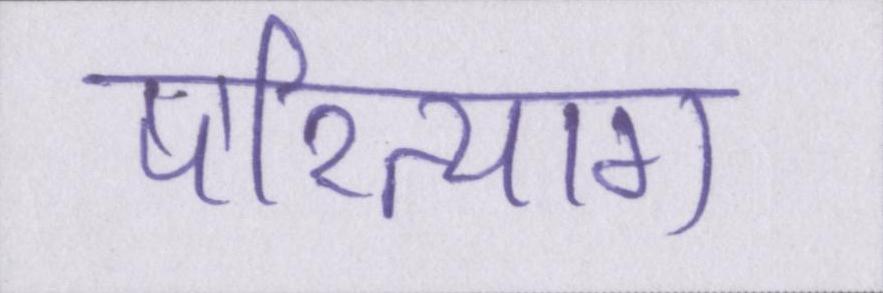
परित्याग